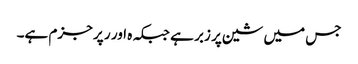
جس میں شین پر زبر ہے جبکہ ہ اور ر پر جزم ہے۔